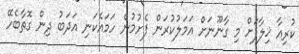
ކުރިއާ ޚިލާފަށް މި ގާނޫނަށް އަމަލުކުރަން ފެށުމުން ހަމައެކަނި އަދަބު ދިން ގޮތާބެހޭ